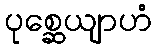
ပုစ္ဆေယျာဟံ